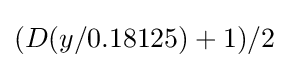
(D(y/0.18125)+1)/2